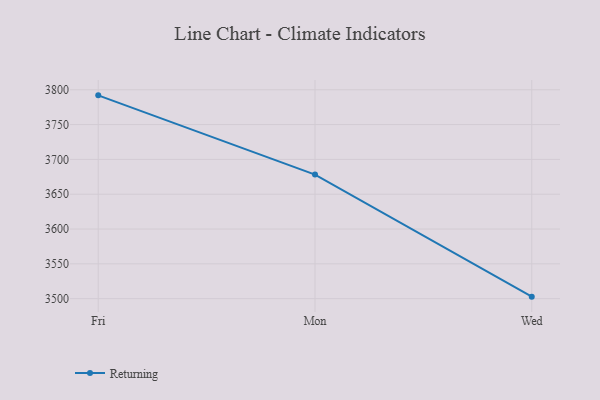
{"axis": {"x": "Day", "y": "Market Share (%)"}, "legend": ["Returning"], "data": [{"x": "Fri", "y": 3792.0, "type": "Returning"}, {"x": "Mon", "y": 3678.2, "type": "Returning"}, {"x": "Wed", "y": 3502.9, "type": "Returning"}]}